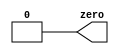
module ZERO( output zero );
    assign zero = 0;

endmodule

module WIRE( input in, 
                  output out );
    assign out = in;

endmodule

module wire4( 
    input a,b,c,
    output w,x,y,z );
    assign w = a;
    assign x = b;
    assign y = b;
    assign z = c;

endmodule

module notgate(input in, output out );
    assign out = ~in;

endmodule

module andgate( 
    input a, b, 
    output out );
    assign out = a & b;
    
endmodule

module norgate( 
    input a, b, 
    output out );
    assign out = ~(a | b);

endmodule

module xnorgate( 
    input a, b,
    output out );
    //assign out = ~(a + b) | (a & b);
    assign out = ~(a ^ b);

endmodule

`default_nettype none
module wire_decl(
    input a, b, c, d,
    output out, out_n); 
    wire and1;
    wire and2;
    wire or1;

    assign and1 = a & b;
    assign and2 = c & d;

    assign out = and1 | and2;
    assign out_n = ~(and1 | and2); 

endmodule

module c7458_1 ( 
    input p1a, p1b, p1c, p1d, p1e, p1f,
    output p1y,
    input p2a, p2b, p2c, p2d,
    output p2y);
    assign p1y = (p1a & p1b & p1c) | (p1d & p1e & p1f);
    assign p2y = (p2a & p2b) | (p2c & p2d);

endmodule

module c7458_2 ( 
    input p1a, p1b, p1c, p1d, p1e, p1f,
    output p1y,
    input p2a, p2b, p2c, p2d,
    output p2y);
    wire and3_1 = p1a & p1b & p1c;
    wire and3_2 = p1d & p1e & p1f;
    wire and1 = p2a & p2b;
    wire and2 = p2c & p2d;
    
    assign p1y = and3_1 | and3_2;
    assign p2y = and1 | and2;

endmodule